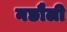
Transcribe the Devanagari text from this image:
नछौली